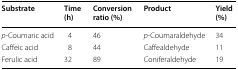
<table><thead><tr><td><b>Substrate</b></td><td><b>Time (h)</b></td><td><b>Conversion ratio (%)</b></td><td><b>Product</b></td><td><b>Yield (%)</b></td></tr></thead><tbody><tr><td><i>p</i>-Coumaric acid</td><td>4</td><td>46</td><td><i>p</i>-Coumaraldehyde</td><td>34</td></tr><tr><td>Caffeic acid</td><td>8</td><td>44</td><td>Caffealdehyde</td><td>11</td></tr><tr><td>Ferulic acid</td><td>32</td><td>89</td><td>Coniferaldehyde</td><td>19</td></tr></tbody></table>